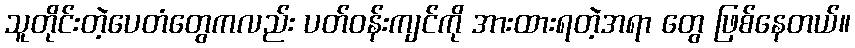
သူတိုင်းတဲ့ပေတံတွေကလည်း ပတ်ဝန်းကျင်ကို အားထားရတဲ့အရာ တွေ ဖြစ်နေတယ်။